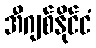
အီဂျစ်နိုင်ငံ